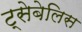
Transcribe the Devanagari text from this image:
ट्सेबेलिस